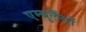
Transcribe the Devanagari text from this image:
एम्बुलैंसों